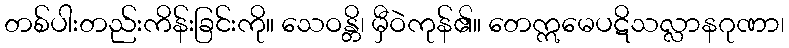
တစ်ပါးတည်းကိန်းခြင်းကို။ သေဝန္တိ၊ မှီဝဲကုန်၏။ တေဣမေပဋိသလ္လာနဂုဏာ၊